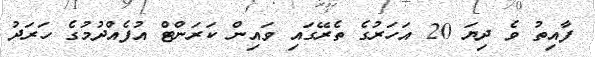
ފާއިތު ވެ ދިޔަ 20 އަހަރުގެ ތެރޭގައި ވައިން ކަރަންޓް އުފެއްދުމުގެ ހަރަދު